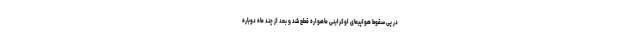
در پی سقوط هواپیمای اوکراینی ماهواره قطع شد و بعد از چند ماه دوباره